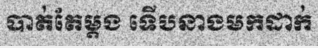
បាត់តែម្តង ទើបនាងមកដាក់